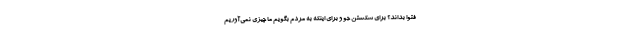
فتوا بداند؟ برای شکستن جو و برای اینکه به مردم بگویم ما چیزی نمی‌آوریم